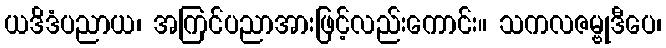
ယဒိဒံပညာယ၊ အကြင်ပညာအားဖြင့်လည်းကောင်း။ သကလဇမ္ဗုဒီပေ၊